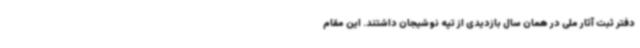
دفتر ثبت آثار ملی در همان سال بازدیدی از تپه نوشیجان داشتند. این مقام